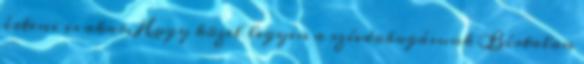
érteni is akar, Hogy közel legyen a szívdobogásunk Bírtalan